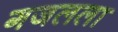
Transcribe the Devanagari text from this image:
गजलला